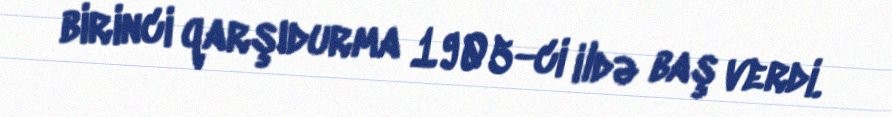
birinci qarşıdurma 1905-ci ildə baş verdi.